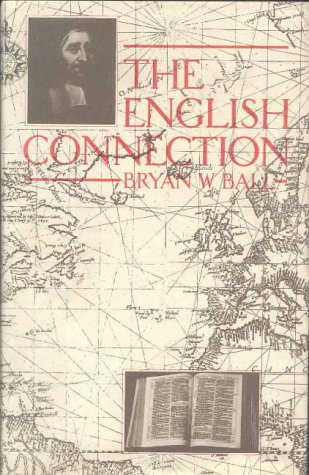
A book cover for The English Connection; Bryan W Ball; Christian Books & Bibles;